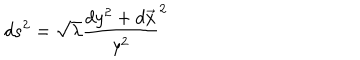
LaTeX: d s ^ { 2 } = \sqrt { \lambda } \frac { d y ^ { 2 } + d \overrightarrow { x } } { y ^ { 2 } } ^ { 2 }